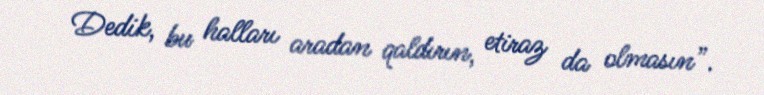
Dedik, bu halları aradan qaldırın, etiraz da olmasın”.